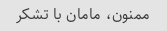
ممنون، مامان با تشکر